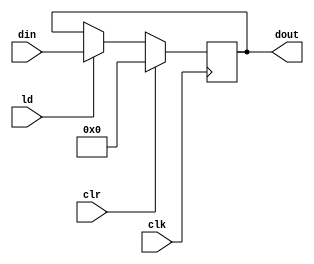
// MUL - Datapath - PIPO2
//----------------------------------
// Type : module
// Contact : mathewtg.mec@gmail.com
//------------------
//------------------
// Notes :- Parallel-In Parallel-Out Register with clr
//

module PIPO2 (dout,din,ld,clr,clk);
	input ld,clr,clk;
	input [15:0] din;
	output reg [15:0] dout;

	always @ (posedge clk)
		if (clr) dout <= 16'b0;
		else if (ld) dout <= din;
endmodule